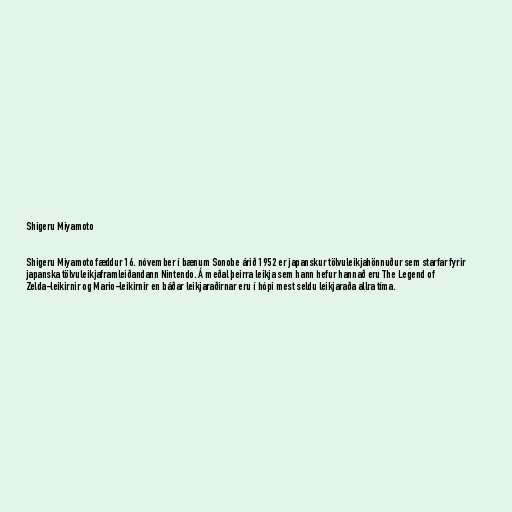
Shigeru Miyamoto

Shigeru Miyamoto fæddur 16. nóvember í bænum Sonobe árið 1952 er japanskur tölvuleikjahönnuður sem starfar fyrir
japanska tölvuleikjaframleiðandann Nintendo. Á meðal þeirra leikja sem hann hefur hannað eru The Legend of
Zelda-leikirnir og Mario-leikirnir en báðar leikjaraðirnar eru í hópi mest seldu leikjaraða allra tíma.